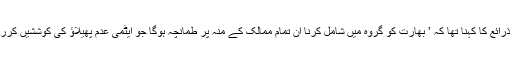
سفارتی ذرائع کا کہنا تھا کہ ’ بھارت کو گروہ میں شامل کرنا ان تمام ممالک کے منہ پر طمانچہ ہوگا جو ایٹمی عدم پھیلاؤ کی کوششیں کررہے ہیں۔